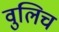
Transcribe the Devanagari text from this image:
वुलिच